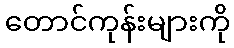
တောင်ကုန်းများကို